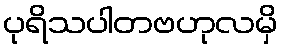
ပုရိသပါတဗဟုလမှိ